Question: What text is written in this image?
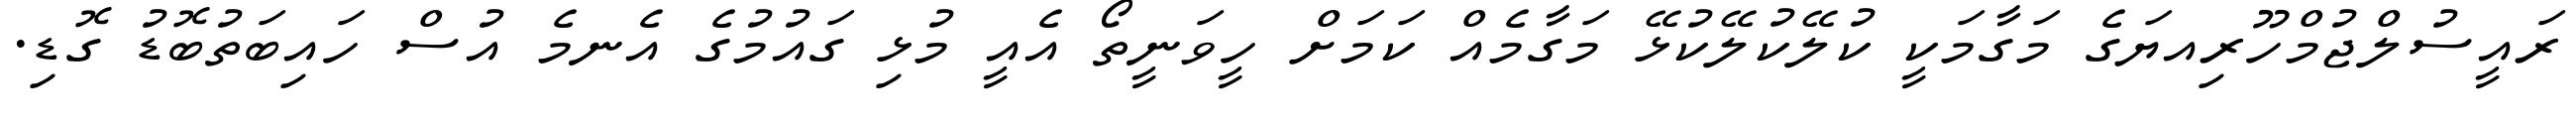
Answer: ރައީސުލްޖުމްހޫރިއޔަގެ މަގާމަކީ ކުލޭކުލޭކުޅޭ މަގާމެއް ކަމަށް ހީވަނީތޯ އެއީ މުޅި ގައުމުގެ އެނމެ އުސް ހައިބަތުބޮޑު ގޮޑި.